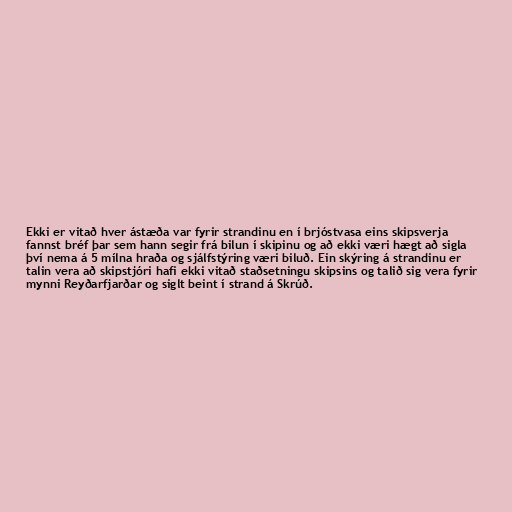
Ekki er vitað hver ástæða var fyrir strandinu en í brjóstvasa eins skipsverja
fannst bréf þar sem hann segir frá bilun í skipinu og að ekki væri hægt að sigla
því nema á 5 mílna hraða og sjálfstýring væri biluð. Ein skýring á strandinu er
talin vera að skipstjóri hafi ekki vitað staðsetningu skipsins og talið sig vera fyrir
mynni Reyðarfjarðar og siglt beint í strand á Skrúð.